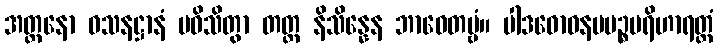
အတ္တနော ဝသနဋ္ဌာနံ ပဝိသိတွာ တတ္ထ နိသိန္နေန ဘာဝေတဗ္ဗံ။ ပါဒဓောဝနပပဉ္စပရိဟာရတ္ထံ